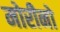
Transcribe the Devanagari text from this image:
मोरीनो